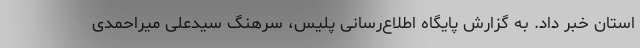
استان خبر داد. به گزارش پایگاه اطلاع‌رسانی پلیس، سرهنگ سیدعلی میراحمدی